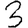
Digit: 3